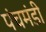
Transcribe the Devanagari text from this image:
पंचमंडी